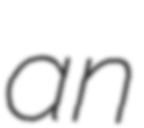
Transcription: an